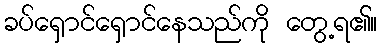
ခပ်ရှောင်ရှောင်နေသည်ကို တွေ့ရ၏။